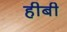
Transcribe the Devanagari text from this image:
हीबी